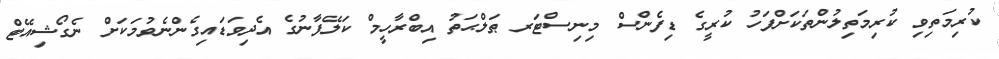
ކުރިމަތިވި ކުރިމަތިލުންތަކަށްފަހު ކުރީގެ ޑިފެންސް މިނިސްޓަރ ޠަލްޙަތު އިބްރާހީމް ކަލޭފާނުގެ އެދިވަޑައިގެންނެވުމަކަށް ނެގޯޝިއޭޓް